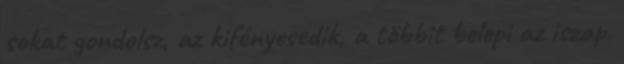
sokat gondolsz, az kifényesedik, a többit belepi az iszap.